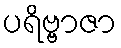
ပရိဗ္ဗာဇာ